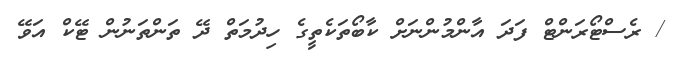
/ ރެސްޓޯރަންޓް ފަދަ އާންމުންނަށް ކާބޯތަކެތީގެ ހިދުމަތް ދޭ ތަންތަނުން ޓޭކް އަވޭ